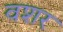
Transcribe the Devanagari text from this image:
वशर